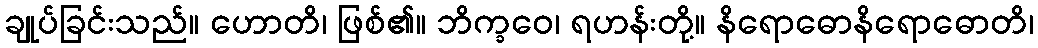
ချုပ်ခြင်းသည်။ ဟောတိ၊ ဖြစ်၏။ ဘိက္ခဝေ၊ ရဟန်းတို့။ နိရောဓောနိရောဓောတိ၊